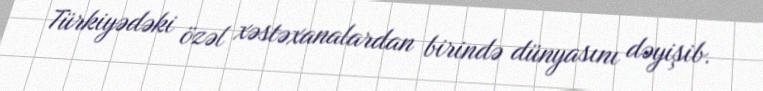
Türkiyədəki özəl xəstəxanalardan birində dünyasını dəyişib.